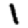
Digit: 1